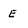
Character: E